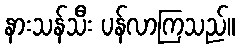
နားသန်သီး ပန်လာကြသည်။